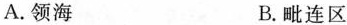
A.领海 B.毗连区